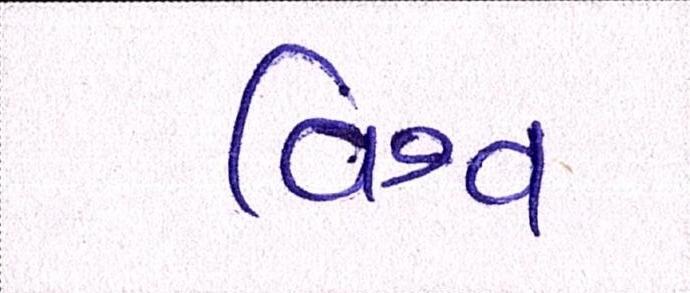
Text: વિશ્વ